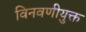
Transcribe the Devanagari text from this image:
विनवणीयुक्त